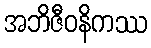
အဘိဇီဝနိကဿ